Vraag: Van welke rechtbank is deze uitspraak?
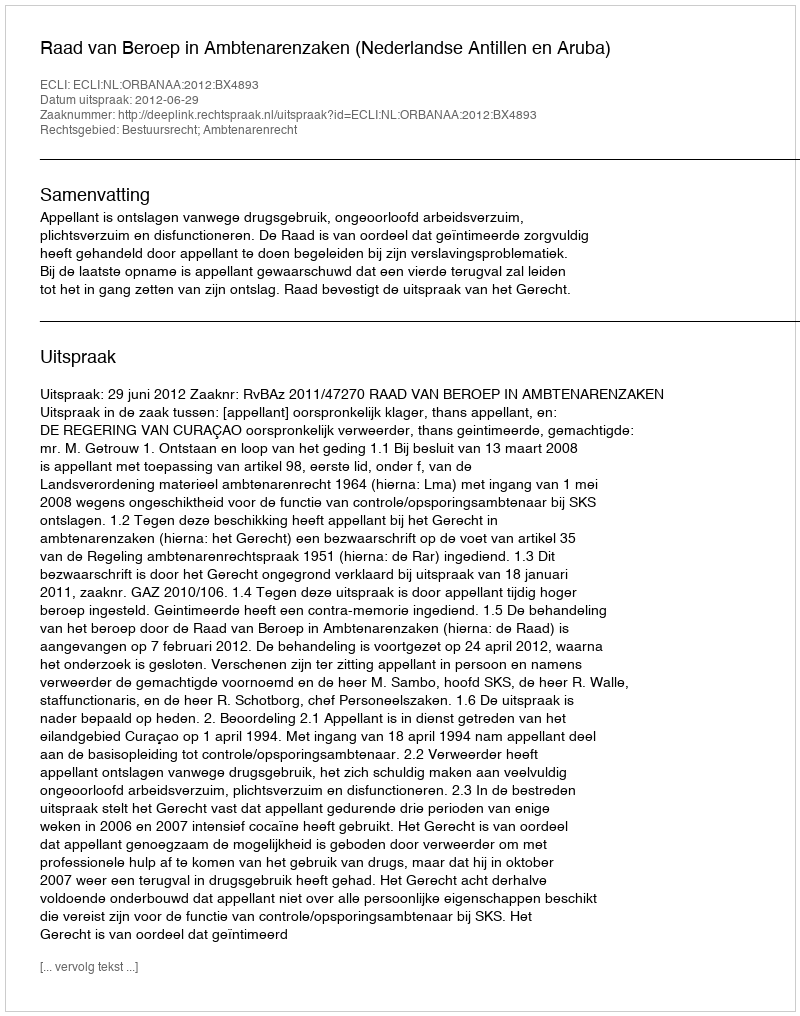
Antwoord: Raad van Beroep in Ambtenarenzaken (Nederlandse Antillen en Aruba)